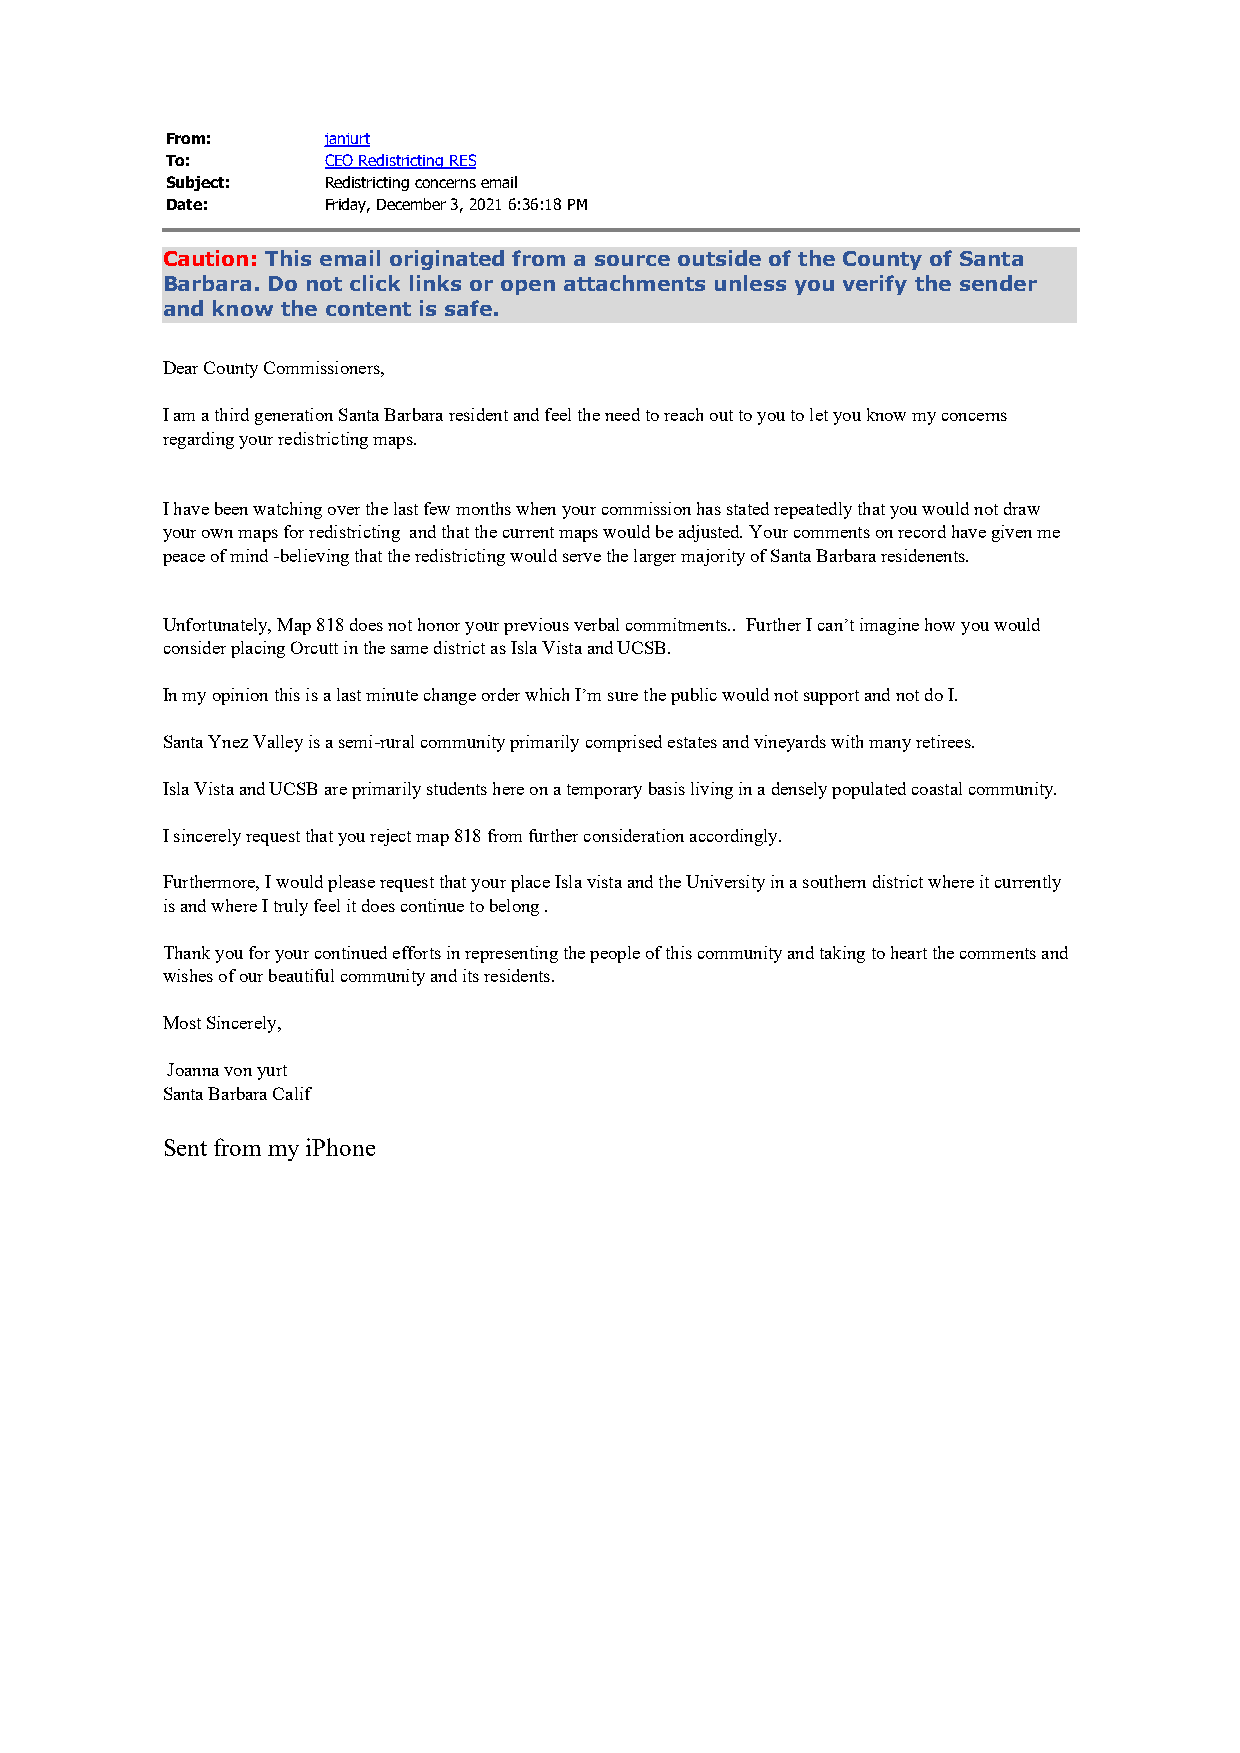
From:      janjurt
 To:        CEO Redistricting RES
 Subject:   Redistricting concerns email
 Date:      Friday, December 3, 2021 6:36:18 PM
 Caution: This email originated from a source outside of the County of Santa
 Barbara. Do not click links or open attachments unless you verify the sender
 and know the content is safe.
 Dear County Commissioners,
 I am a third generation Santa Barbara resident and feel the need to reach out to you to let you know my concerns
 regarding your redistricting maps.
 I have been watching over the last few months when your commission has stated repeatedly that you would not draw
 your own maps for redistricting and that the current maps would be adjusted. Your comments on record have given me
 peace of mind -believing that the redistricting would serve the larger majority of Santa Barbara residenents.
 Unfortunately, Map 818 does not honor your previous verbal commitments.. Further I can’t imagine how you would
 consider placing Orcutt in the same district as Isla Vista and UCSB.
 In my opinion this is a last minute change order which I’m sure the public would not support and not do I.
 Santa Ynez Valley is a semi-rural community primarily comprised estates and vineyards with many retirees.
 Isla Vista and UCSB are primarily students here on a temporary basis living in a densely populated coastal community.
 I sincerely request that you reject map 818 from further consideration accordingly.
 Furthermore, I would please request that your place Isla vista and the University in a southern district where it currently
 is and where I truly feel it does continue to belong .
 Thank you for your continued efforts in representing the people of this community and taking to heart the comments and
 wishes of our beautiful community and its residents.
 Most Sincerely,
 Joanna von yurt
 Santa Barbara Calif
 Sent from my iPhone